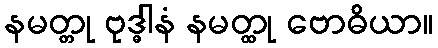
နမတ္တု ဗုဒ္ဓါနံ နမတ္ထု ဗောဓိယာ။